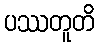
ပဿတူတိ